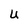
Character: U